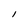
Character: I